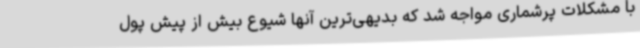
با مشکلات پرشماری مواجه شد که بدیهی‌ترین آنها شیوع بیش از پیش پول